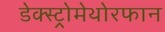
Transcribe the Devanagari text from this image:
डेक्स्ट्रोमेथोरफान